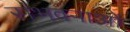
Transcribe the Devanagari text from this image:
संभवनाओं